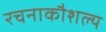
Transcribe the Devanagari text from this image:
रचनाकौशल्य